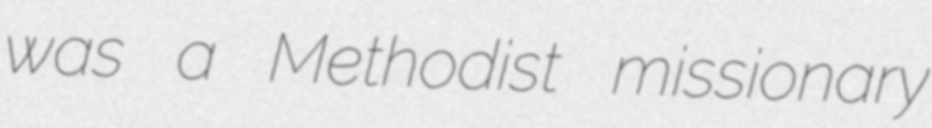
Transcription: was a Methodist missionary